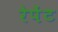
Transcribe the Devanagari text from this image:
रेपेंट